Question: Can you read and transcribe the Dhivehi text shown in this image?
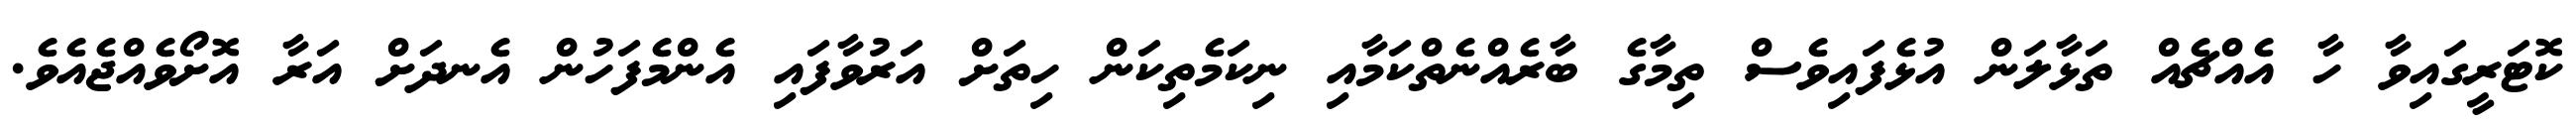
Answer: ކޮޓަރީގައިވާ ހާ އެއްޗެއް ތަޅާލަން އުޅެފައިވެސް ތިމާގެ ބާރެއްނެތްކަމާއި ނިކަމެތިކަން ހިތަށް އަރުވާފައި އެންމެފަހުން އެނދަށް އަރާ އޮށޯވެއްޖެއެވެ.